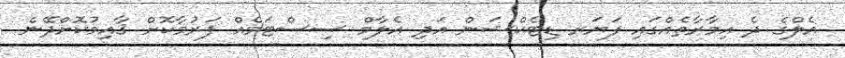
އެލްގެ ދެ އިމާރާތެއްގައި ފަޔަރ ޑިޓެކްޝަން އަދި އެލާމް ސިސްޓަމެއް ފަރުމާކޮށް ޤާއިމުކޮށްދޭނެ